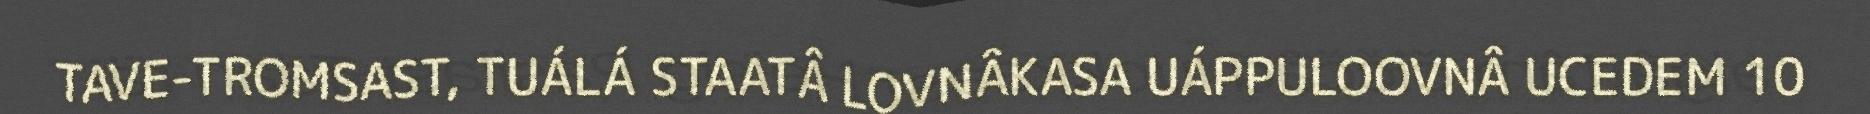
TAVE-TROMSAST, TUÁLÁ STAATÂ LOVNÂKASA UÁPPULOOVNÂ UCEDEM 10